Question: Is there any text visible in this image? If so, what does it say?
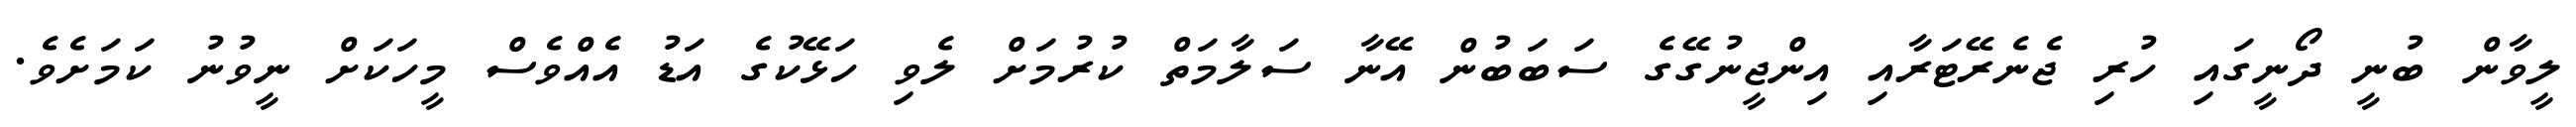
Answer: ލީވާން ބުނީ ދޯނީގައި ހުރި ޖެނެރޭޓަރާއި އިންޖީނުގޭގެ ސަބަބުން އޭނާ ސަލާމަތް ކުރުމަށް ލެވި ހަޅޭކުގެ އަޑު އެއްވެސް މީހަކަށް ނީވުނު ކަމަށެވެ.